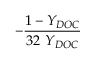
- \frac { 1 - Y _ { D O C } } { 3 2 \ Y _ { D O C } }